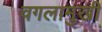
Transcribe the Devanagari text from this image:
वगलामुखी